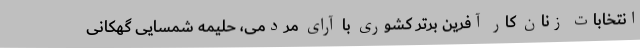
انتخابات زنان کار آفرین برتر کشوری با آرای مردمی، حلیمه شمسایی گهکانی